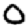
Digit: 0